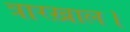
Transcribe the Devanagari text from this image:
त्रारख़ाल।